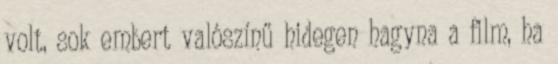
volt, sok embert valószínű hidegen hagyna a film, ha